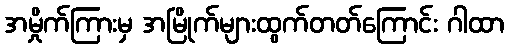
အမှိုက်ကြားမှ အမြိုက်များထွက်တတ်ကြောင်း ဂါထာ